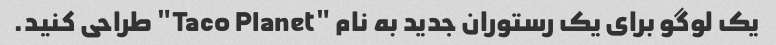
یک لوگو برای یک رستوران جدید به نام "Taco Planet" طراحی کنید.